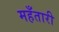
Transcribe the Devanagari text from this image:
महँतारी